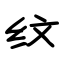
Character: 纹